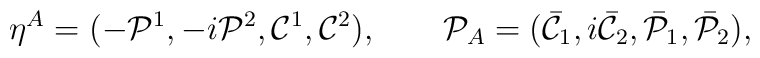
\eta^A=(-{\cal P}^1,-i{\cal P}^2,{\cal C}^1,{\cal C}^2), \qquad{\cal P}_A=({\bar {\cal C}}_1, i{\bar {\cal C}}_2,{\bar {\cal P}}_1,{\bar{\cal P}}_2),